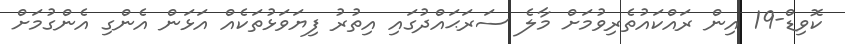
ކޮވިޑް-19 އިން ރައްކައުތެރިވުމަށް މާލެ ސަރަޙައްދުގައި އިތުރު ފިޔަވަޅުތަކެއް އަޅަން އެންގި އެންގުމަށް